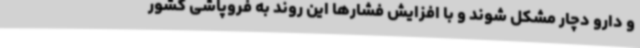
و دارو دچار مشکل شوند و با افزایش فشارها این روند به فروپاشی کشور